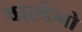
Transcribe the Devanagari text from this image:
वाल्डेनो